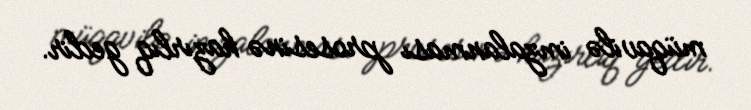
müqavilə imzalanması prosesinə hazırlıq gedir.